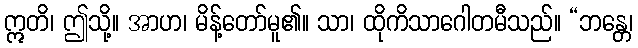
ဣတိ၊ ဤသို့။ အာဟ၊ မိန့်တော်မူ၏။ သာ၊ ထိုကိသာဂေါတမီသည်။ “ဘန္တေ၊